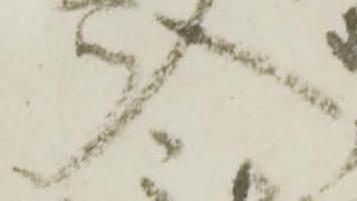
入